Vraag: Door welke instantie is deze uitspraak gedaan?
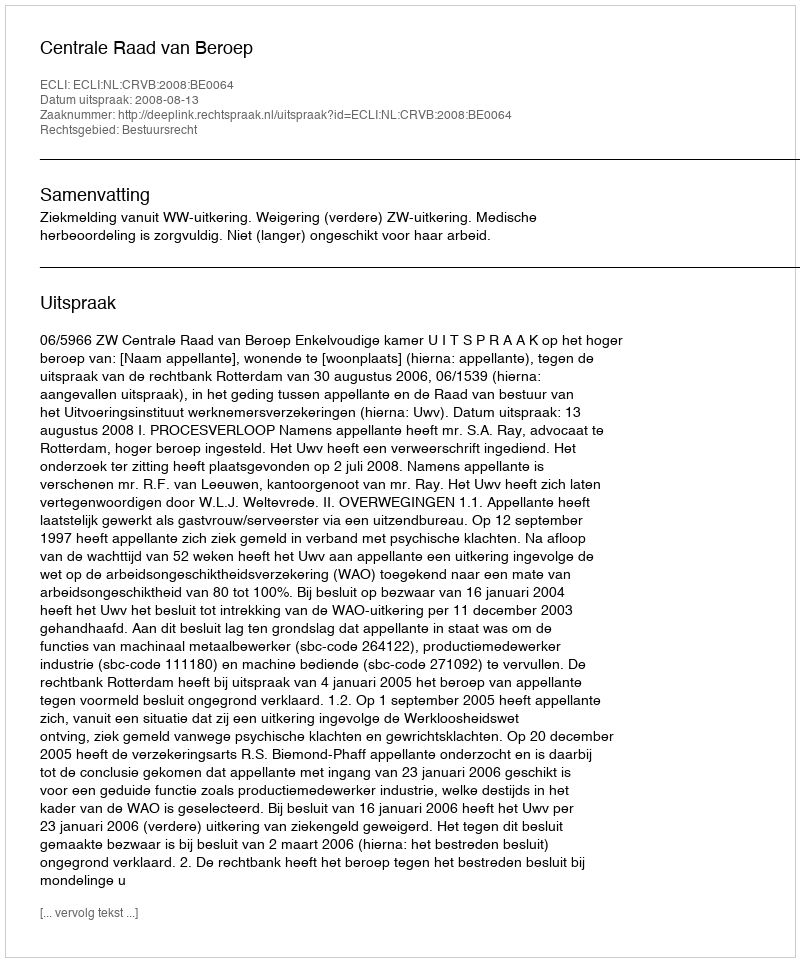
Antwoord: Centrale Raad van Beroep